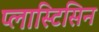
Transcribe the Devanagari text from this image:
प्लास्टिसिन